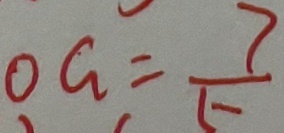
O G = \frac { 7 } { 5 }